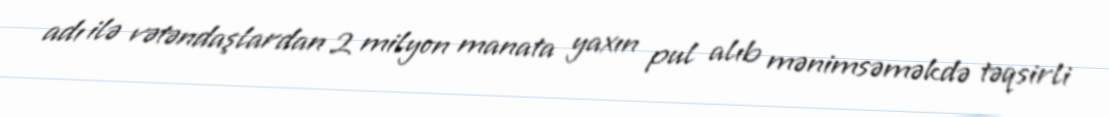
adı ilə vətəndaşlardan 2 milyon manata yaxın pul alıb mənimsəməkdə təqsirli